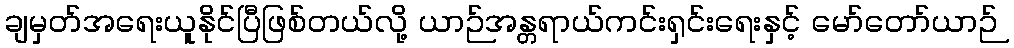
ချမှတ်အရေးယူနိုင်ပြီဖြစ်တယ်လို့ ယာဉ်အန္တရာယ်ကင်းရှင်းရေးနှင့် မော်တော်ယာဉ်